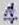
4